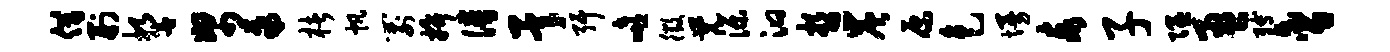
借刑誓帑聚楮帆箭拚谱承弭嘻徵觉源汩哲炭原色墁泰子隰盈缚含